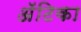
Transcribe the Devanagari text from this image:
अॅटिका